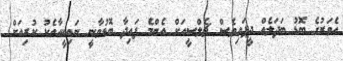
އެވަރުގެ ބޮޑު ބަދަލެއް ދީފައިވެސް ޗެލްސީއަށް އެންމެ ފައިދާ ބޮޑުވާނީ ނައިކީއާއެކު ކުރިއަށް